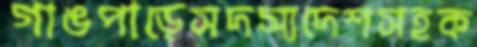
গাঙপাড়েসদস্যদেশসহক